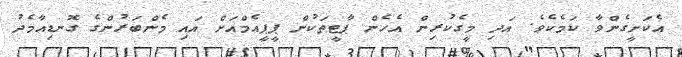
އެކަށީގެންވާ ކަމެކެވެ. އަދި މީގެކުރިން އެހެން ޕާޓީތަކުން ޕީޕީއެމްއަށް އައި މެންބަރުންގެ ގޮނޑިއާމެދު